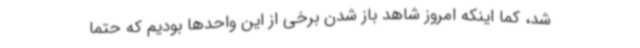
شد، کما اینکه امروز شاهد باز شدن برخی از این واحدها بودیم که حتما